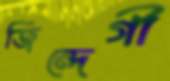
জিন্দেগী